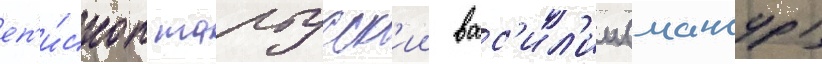
еп'и́скоп тартусск'ии вас'ил'ии (мансур)